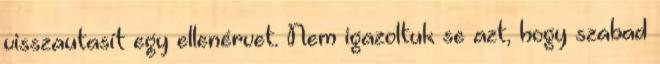
visszautasít egy ellenérvet. Nem igazoltuk se azt, hogy szabad